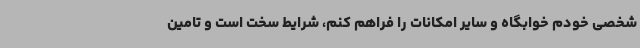
شخصی خودم خوابگاه و سایر امکانات را فراهم کنم، شرایط سخت است و تامین